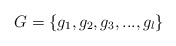
\begin{align*}G=\{g_{1},g_{2},g_{3},...,g_{l}\}\end{align*}